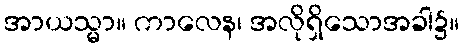
အာယသ္မာ။ ကာလေန၊ အလိုရှိသောအခါ၌။